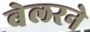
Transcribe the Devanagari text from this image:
बेलरने